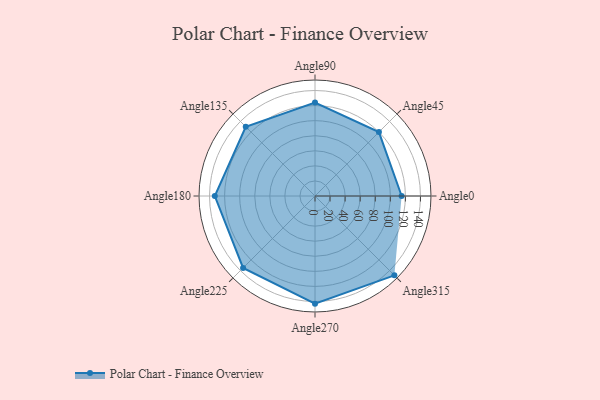
{"axis": {"x": "Angle", "y": "Radius"}, "legend": [""], "data": [{"x": "Angle0", "y": 115.0, "type": ""}, {"x": "Angle45", "y": 120.0, "type": ""}, {"x": "Angle90", "y": 124.0, "type": ""}, {"x": "Angle135", "y": 130.0, "type": ""}, {"x": "Angle180", "y": 133.0, "type": ""}, {"x": "Angle225", "y": 135.0, "type": ""}, {"x": "Angle270", "y": 143.0, "type": ""}, {"x": "Angle315", "y": 149.0, "type": ""}]}